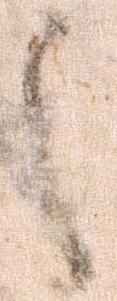
之